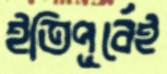
ইতিপূর্বেই